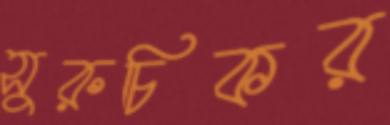
সুরুচিকর